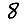
Digit: 8